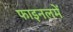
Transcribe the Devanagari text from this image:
फाइनलमें